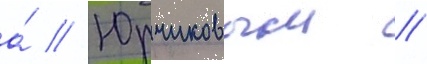
а́ // Юрчиковым //